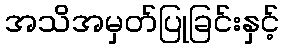
အသိအမှတ်ပြုခြင်းနှင့်